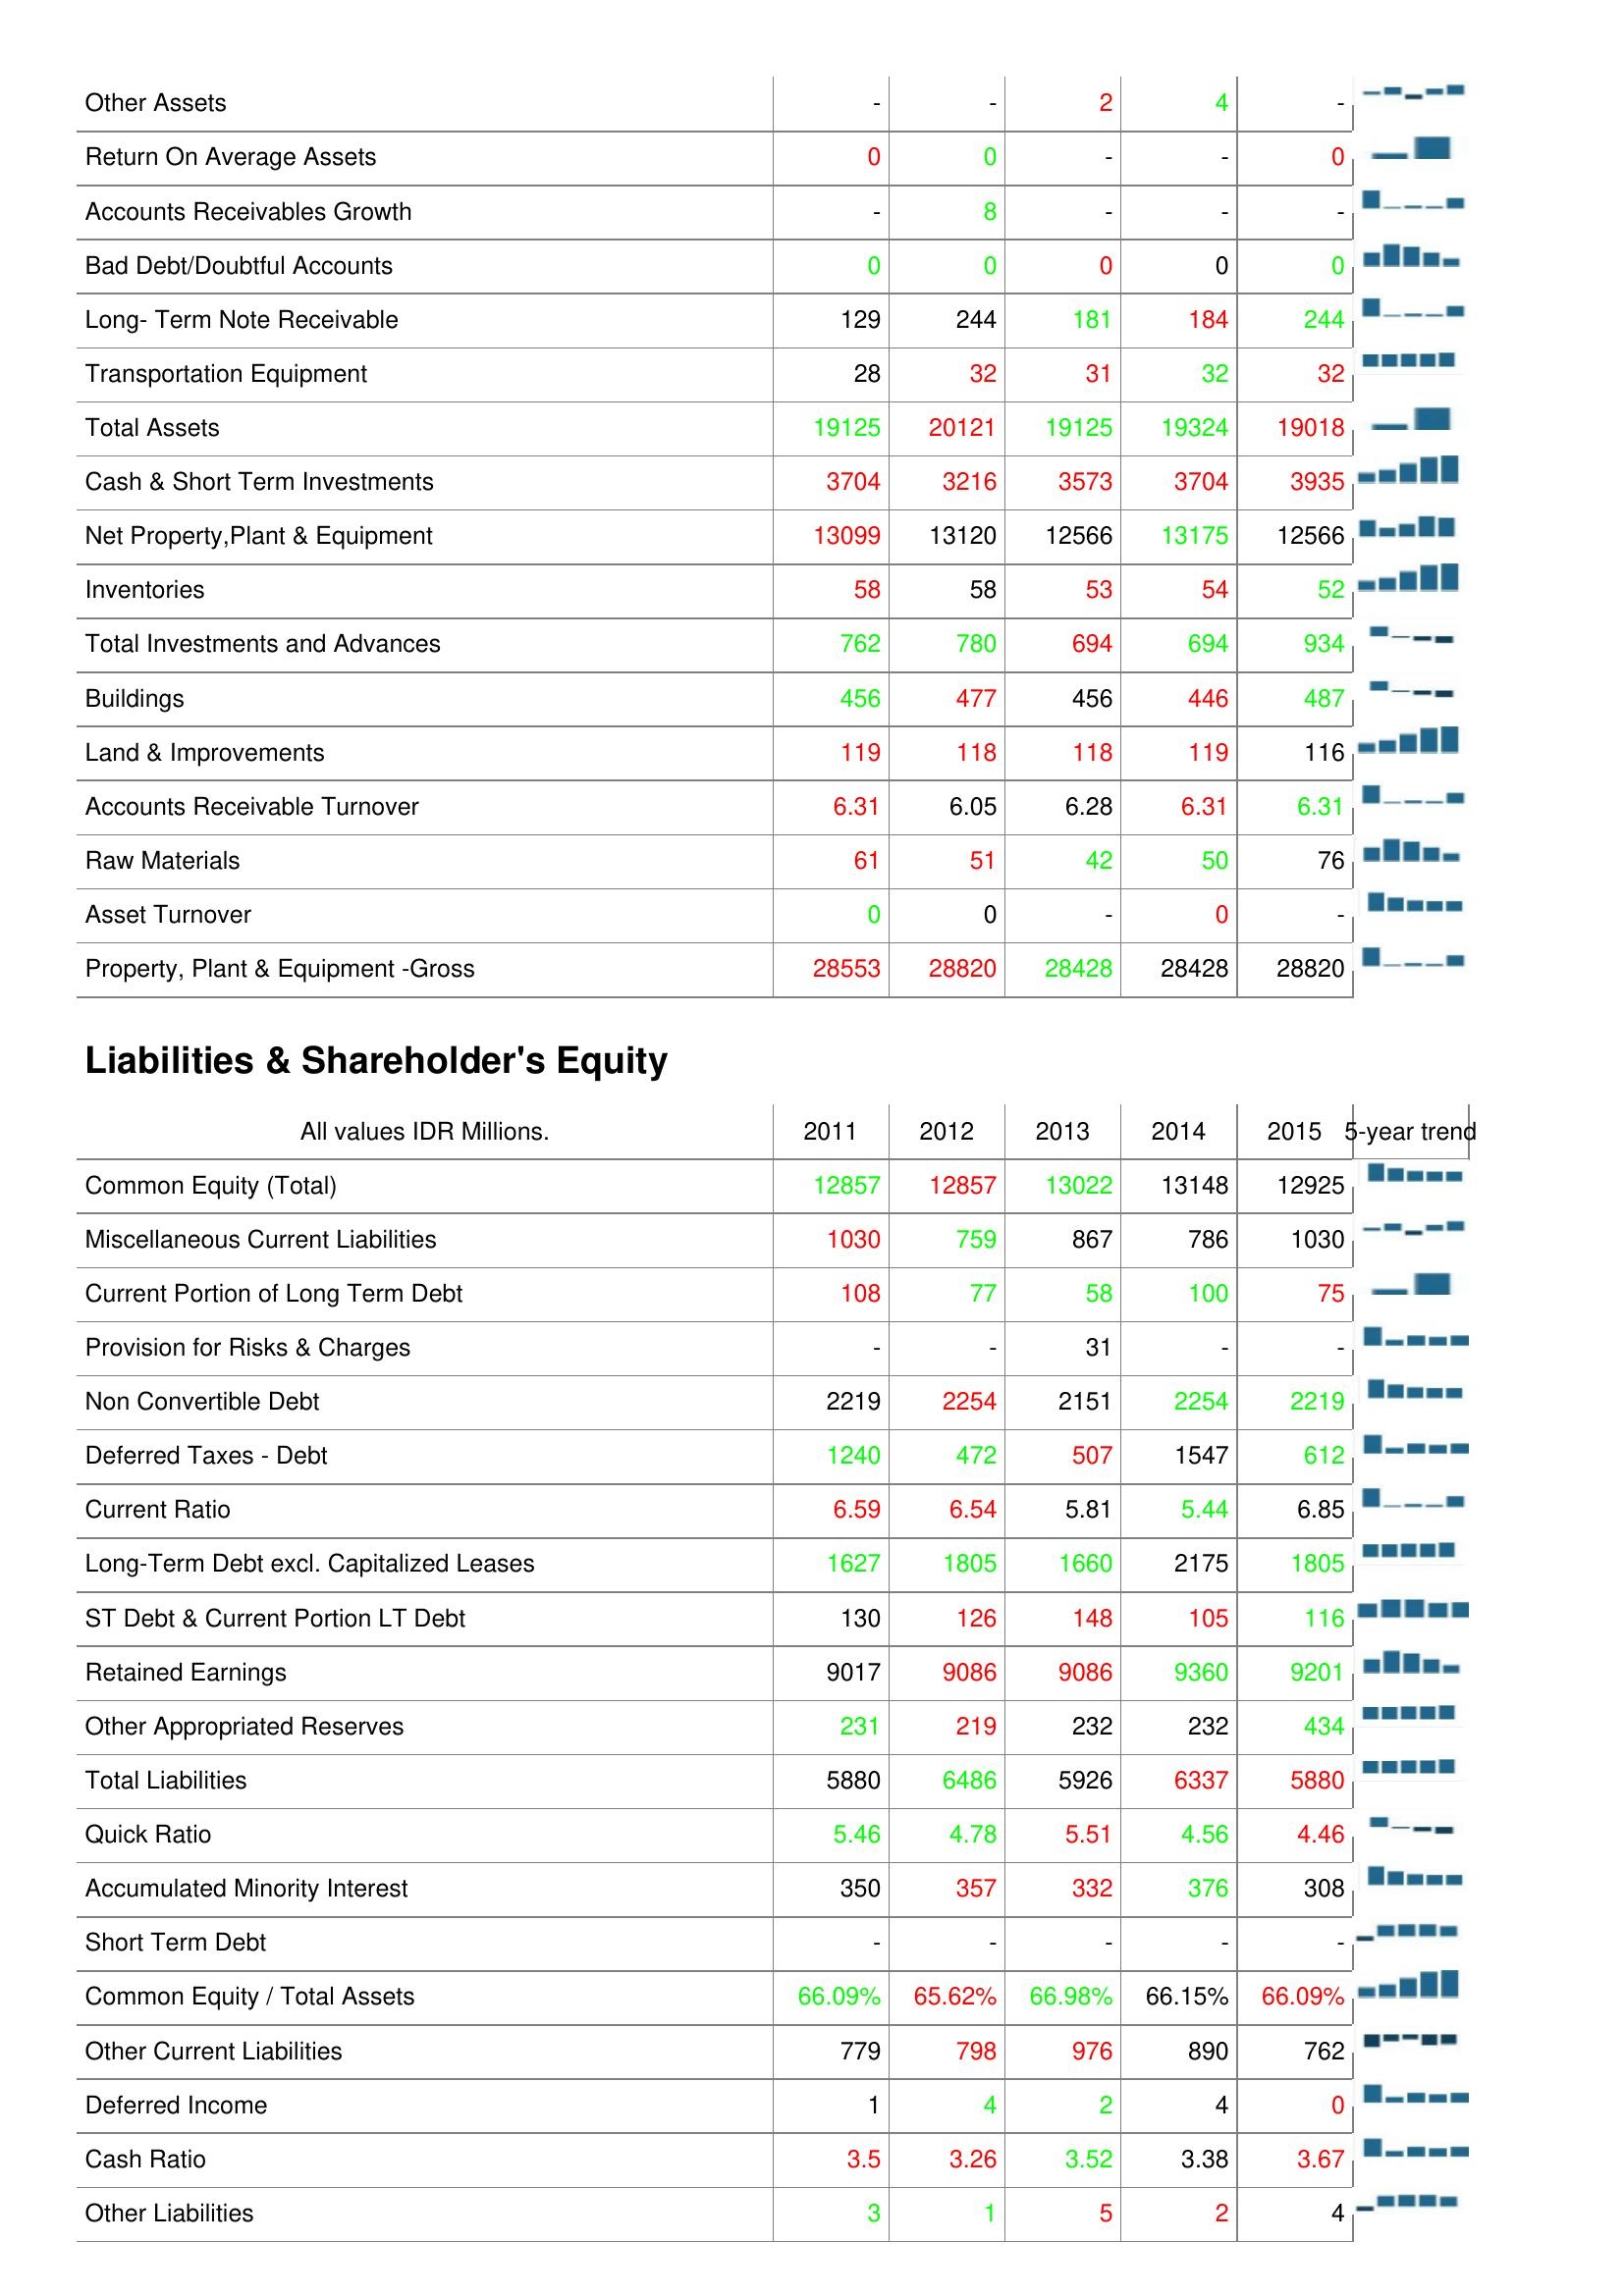
2011: Assets: Other Assets: -
Return On Average Assets: 0
Accounts Receivables Growth: -
Bad Debt/Doubtful Accounts: 0
Long- Term Note Receivable: 129
Transportation Equipment: 28
Total Assets: 19125
Cash & Short Term Investments: 3704
Net Property,Plant & Equipment: 13099
Inventories: 58
Total Investments and Advances: 762
Buildings: 456
Land & Improvements: 119
Accounts Receivable Turnover: 6.31
Raw Materials: 61
Asset Turnover: 0
Property, Plant & Equipment -Gross: 28553
Liabilities & Shareholder's Equity: Common Equity (Total): 12857
Miscellaneous Current Liabilities: 1030
Current Portion of Long Term Debt: 108
Provision for Risks & Charges: -
Non Convertible Debt: 2219
Deferred Taxes - Debt: 1240
Current Ratio: 6.59
Long-Term Debt excl. Capitalized Leases: 1627
ST Debt & Current Portion LT Debt: 130
Retained Earnings: 9017
Other Appropriated Reserves: 231
Total Liabilities: 5880
Quick Ratio: 5.46
Accumulated Minority Interest: 350
Short Term Debt: -
Common Equity / Total Assets: 66.09%
Other Current Liabilities: 779
Deferred Income: 1
Cash Ratio: 3.5
Other Liabilities: 3
2012: Assets: Other Assets: -
Return On Average Assets: 0
Accounts Receivables Growth: 8
Bad Debt/Doubtful Accounts: 0
Long- Term Note Receivable: 244
Transportation Equipment: 32
Total Assets: 20121
Cash & Short Term Investments: 3216
Net Property,Plant & Equipment: 13120
Inventories: 58
Total Investments and Advances: 780
Buildings: 477
Land & Improvements: 118
Accounts Receivable Turnover: 6.05
Raw Materials: 51
Asset Turnover: 0
Property, Plant & Equipment -Gross: 28820
Liabilities & Shareholder's Equity: Common Equity (Total): 12857
Miscellaneous Current Liabilities: 759
Current Portion of Long Term Debt: 77
Provision for Risks & Charges: -
Non Convertible Debt: 2254
Deferred Taxes - Debt: 472
Current Ratio: 6.54
Long-Term Debt excl. Capitalized Leases: 1805
ST Debt & Current Portion LT Debt: 126
Retained Earnings: 9086
Other Appropriated Reserves: 219
Total Liabilities: 6486
Quick Ratio: 4.78
Accumulated Minority Interest: 357
Short Term Debt: -
Common Equity / Total Assets: 65.62%
Other Current Liabilities: 798
Deferred Income: 4
Cash Ratio: 3.26
Other Liabilities: 1
2013: Assets: Other Assets: 2
Return On Average Assets: -
Accounts Receivables Growth: -
Bad Debt/Doubtful Accounts: 0
Long- Term Note Receivable: 181
Transportation Equipment: 31
Total Assets: 19125
Cash & Short Term Investments: 3573
Net Property,Plant & Equipment: 12566
Inventories: 53
Total Investments and Advances: 694
Buildings: 456
Land & Improvements: 118
Accounts Receivable Turnover: 6.28
Raw Materials: 42
Asset Turnover: -
Property, Plant & Equipment -Gross: 28428
Liabilities & Shareholder's Equity: Common Equity (Total): 13022
Miscellaneous Current Liabilities: 867
Current Portion of Long Term Debt: 58
Provision for Risks & Charges: 31
Non Convertible Debt: 2151
Deferred Taxes - Debt: 507
Current Ratio: 5.81
Long-Term Debt excl. Capitalized Leases: 1660
ST Debt & Current Portion LT Debt: 148
Retained Earnings: 9086
Other Appropriated Reserves: 232
Total Liabilities: 5926
Quick Ratio: 5.51
Accumulated Minority Interest: 332
Short Term Debt: -
Common Equity / Total Assets: 66.98%
Other Current Liabilities: 976
Deferred Income: 2
Cash Ratio: 3.52
Other Liabilities: 5
2014: Assets: Other Assets: 4
Return On Average Assets: -
Accounts Receivables Growth: -
Bad Debt/Doubtful Accounts: 0
Long- Term Note Receivable: 184
Transportation Equipment: 32
Total Assets: 19324
Cash & Short Term Investments: 3704
Net Property,Plant & Equipment: 13175
Inventories: 54
Total Investments and Advances: 694
Buildings: 446
Land & Improvements: 119
Accounts Receivable Turnover: 6.31
Raw Materials: 50
Asset Turnover: 0
Property, Plant & Equipment -Gross: 28428
Liabilities & Shareholder's Equity: Common Equity (Total): 13148
Miscellaneous Current Liabilities: 786
Current Portion of Long Term Debt: 100
Provision for Risks & Charges: -
Non Convertible Debt: 2254
Deferred Taxes - Debt: 1547
Current Ratio: 5.44
Long-Term Debt excl. Capitalized Leases: 2175
ST Debt & Current Portion LT Debt: 105
Retained Earnings: 9360
Other Appropriated Reserves: 232
Total Liabilities: 6337
Quick Ratio: 4.56
Accumulated Minority Interest: 376
Short Term Debt: -
Common Equity / Total Assets: 66.15%
Other Current Liabilities: 890
Deferred Income: 4
Cash Ratio: 3.38
Other Liabilities: 2
2015: Assets: Other Assets: -
Return On Average Assets: 0
Accounts Receivables Growth: -
Bad Debt/Doubtful Accounts: 0
Long- Term Note Receivable: 244
Transportation Equipment: 32
Total Assets: 19018
Cash & Short Term Investments: 3935
Net Property,Plant & Equipment: 12566
Inventories: 52
Total Investments and Advances: 934
Buildings: 487
Land & Improvements: 116
Accounts Receivable Turnover: 6.31
Raw Materials: 76
Asset Turnover: -
Property, Plant & Equipment -Gross: 28820
Liabilities & Shareholder's Equity: Common Equity (Total): 12925
Miscellaneous Current Liabilities: 1030
Current Portion of Long Term Debt: 75
Provision for Risks & Charges: -
Non Convertible Debt: 2219
Deferred Taxes - Debt: 612
Current Ratio: 6.85
Long-Term Debt excl. Capitalized Leases: 1805
ST Debt & Current Portion LT Debt: 116
Retained Earnings: 9201
Other Appropriated Reserves: 434
Total Liabilities: 5880
Quick Ratio: 4.46
Accumulated Minority Interest: 308
Short Term Debt: -
Common Equity / Total Assets: 66.09%
Other Current Liabilities: 762
Deferred Income: 0
Cash Ratio: 3.67
Other Liabilities: 4